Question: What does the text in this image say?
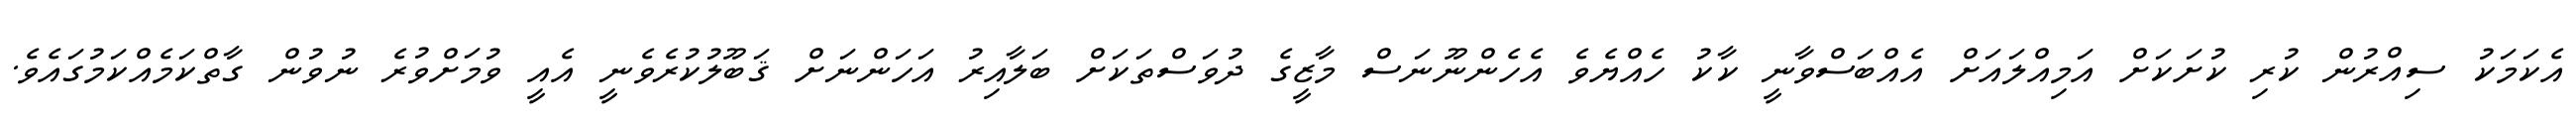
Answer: އެކަމަކު ސިއްރުން ކުރި ކުށަކަށް އަމިއްލައަށް އެއްބަސްވާނީ ކާކު ހެއްޔެވެ އެހެންނޫނަސް މާޒީގެ ދުވަސްތަކަށް ބަލާއިރު އަހަންނަށް ޤަބޫލުކުރެވެނީ އެއީ ވުމަށްވުރެ ނުވުން ގާތްކަމެއްކަމުގައެވެ.